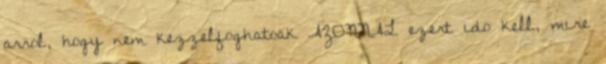
arrol, hogy nem kezzelfoghatoak AZONNAL ezert ido kell, mire